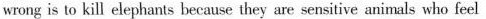
wrong is to kill elephants because they are sensitive animals who feel